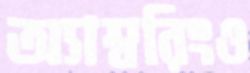
অ্যাম্বরিংও